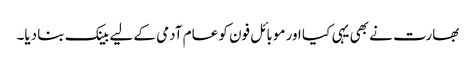
بھارت نے بھی یہی کیا اور موبائل فون کو عام آدمی کے لیے بینک بنا دیا۔